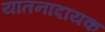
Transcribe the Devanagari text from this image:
यातनादायक